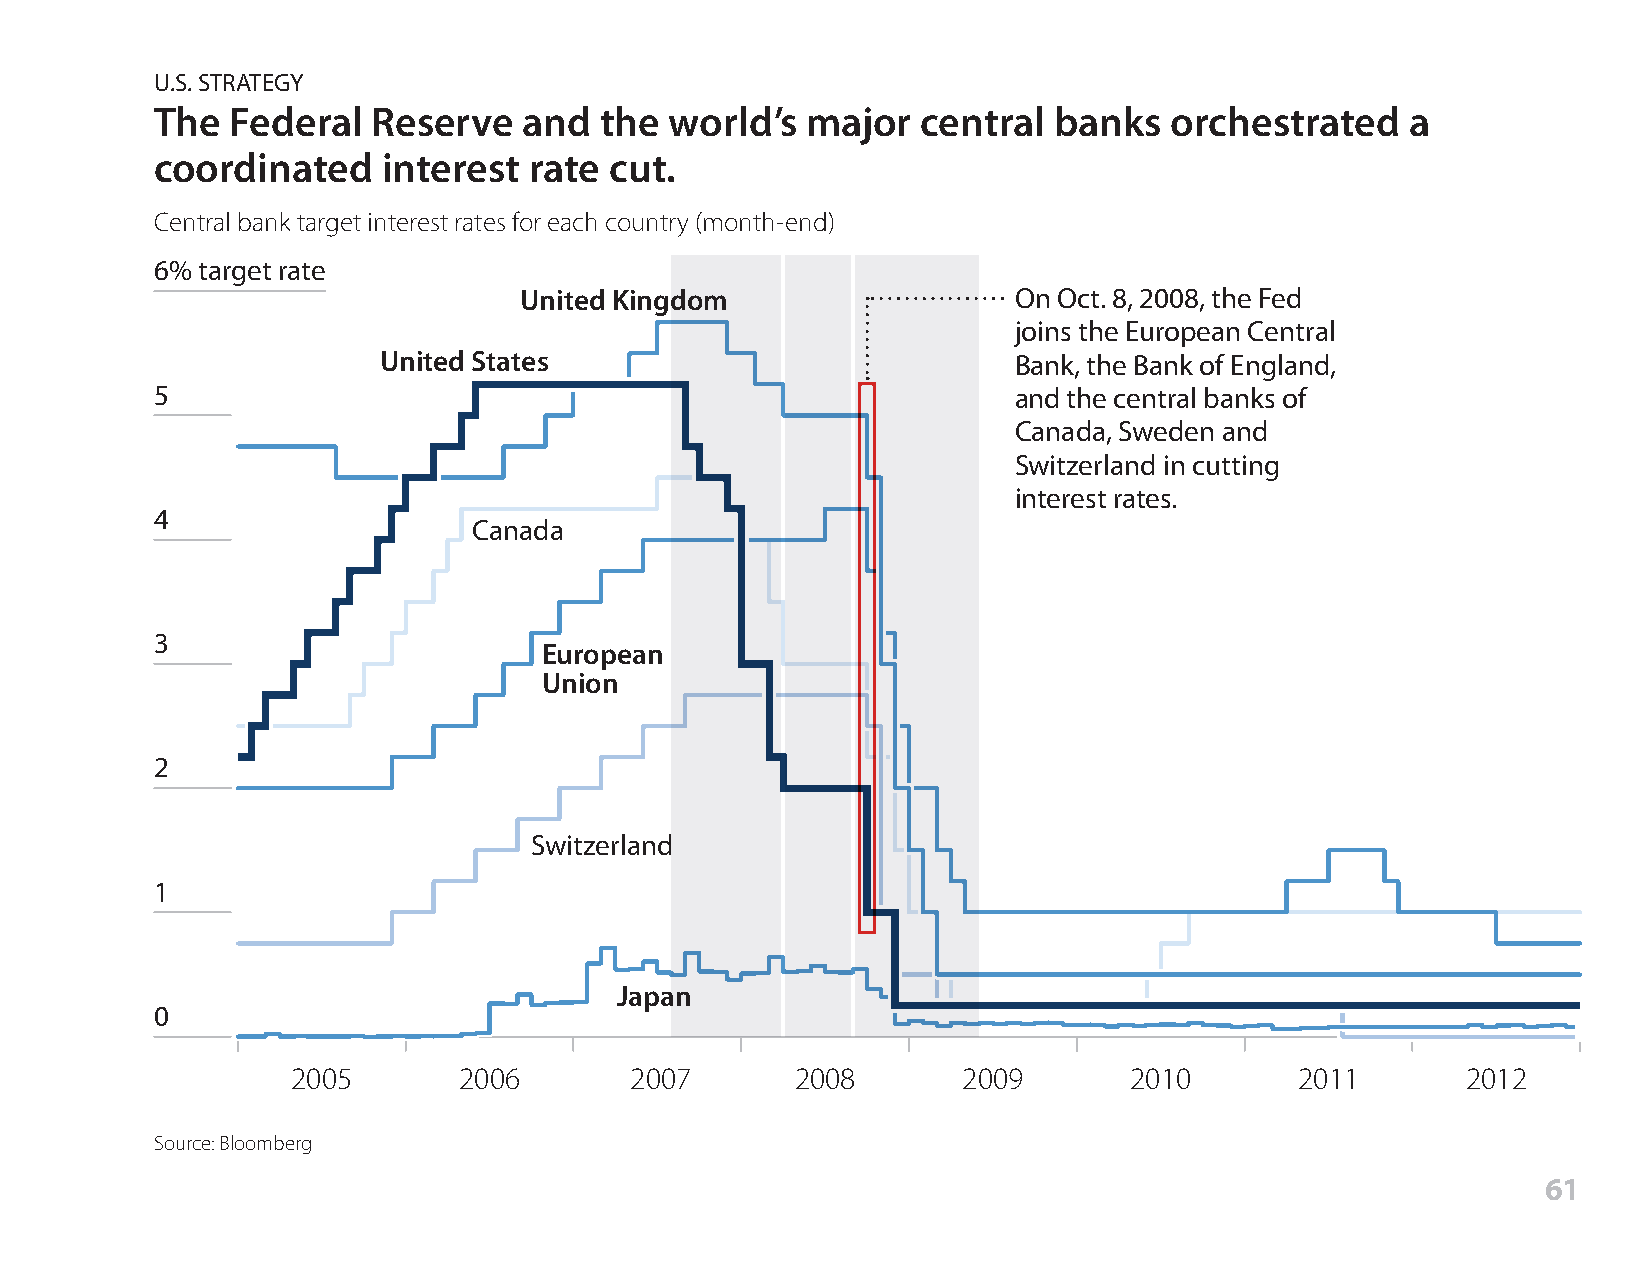
U.S. STRATEGY
 The  Federal   Reserve   and  the world’s  major   central  banks  orchestrated    a
 coordinated    interest  rate cut.
 Central bank target interest rates for each country (month-end)
 6% target rate
 United Kingdom                   On Oct. 8, 2008, the Fed
 joins the European Central
 United States                             Bank, the Bank of England,
 5                                                        and the central banks of
 Canada, Sweden and
 Switzerland in cutting
 interest rates.
 4
 Canada
 3
 European
 Union
 2
 Switzerland
 1
 Japan
 0
 2005       2006        2007       2008       2009       2010       2011       2012
 Source: Bloomberg
 61